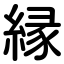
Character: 縁